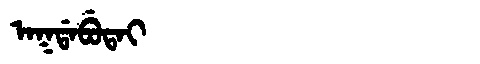
Manchu: ᠠᡴᡩᠠᠪᡠᡨᠠᡳ
Romanization: AKDABUTAI